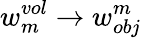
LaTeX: w_{m}^{vol}\to{w_{obj}^{m}}